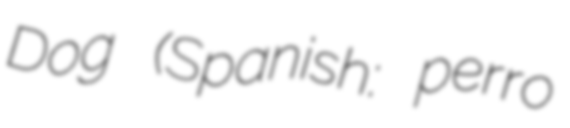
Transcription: Dog (Spanish: perro